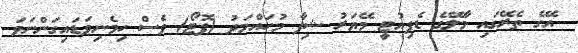
އޭގެ ތެރޭގައި މާލޭގެ ޑެޕިއުޓީ މޭޔަރު ޝިފާ މުހައްމަދު (ފޮޓޯ) ވެސް ހިމެނިވަޑަައިގަންނަވަ